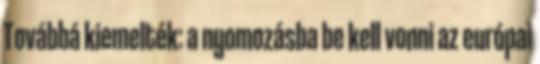
Továbbá kiemelték: a nyomozásba be kell vonni az európai